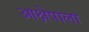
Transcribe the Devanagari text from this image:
आक्षेपाला